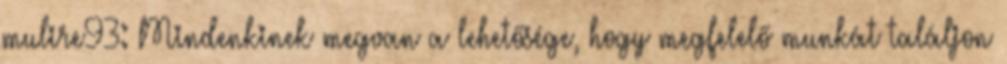
mulire93: Mindenkinek megvan a lehetősége, hogy megfelelő munkát találjon